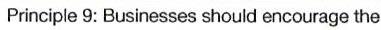
Principle 9: Businesses should encourage the